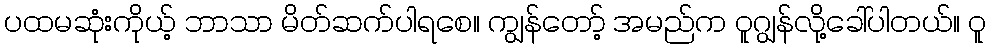
ပထမဆုံးကိုယ့် ဘာသာ မိတ်ဆက်ပါရစေ။ ကျွန်တော့် အမည်က ဝူဂျွန်လို့ခေါ်ပါတယ်။ ဝူ